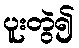
ပူးတွဲ၍